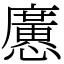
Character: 懬